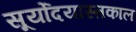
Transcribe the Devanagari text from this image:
सूर्योदयास्तकाल